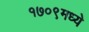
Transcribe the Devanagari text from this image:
१७०९मध्ये